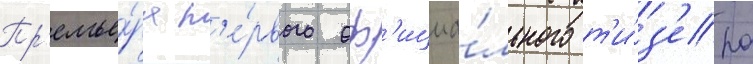
Пр'емье́ра п'е́рвого оф'ициа́льного т'и́з'ера